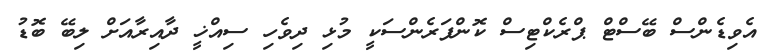
އެވިޑެންސް ބޭސްޓް ޕްރެކްޓިސް ކޮންފަރެންސަކީ މުޅި ދިވެހި ސިއްޚީ ދާއިރާއަށް ލިބޭ ބޮޑު